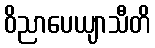
ဝိညာပေယျာသီတိ